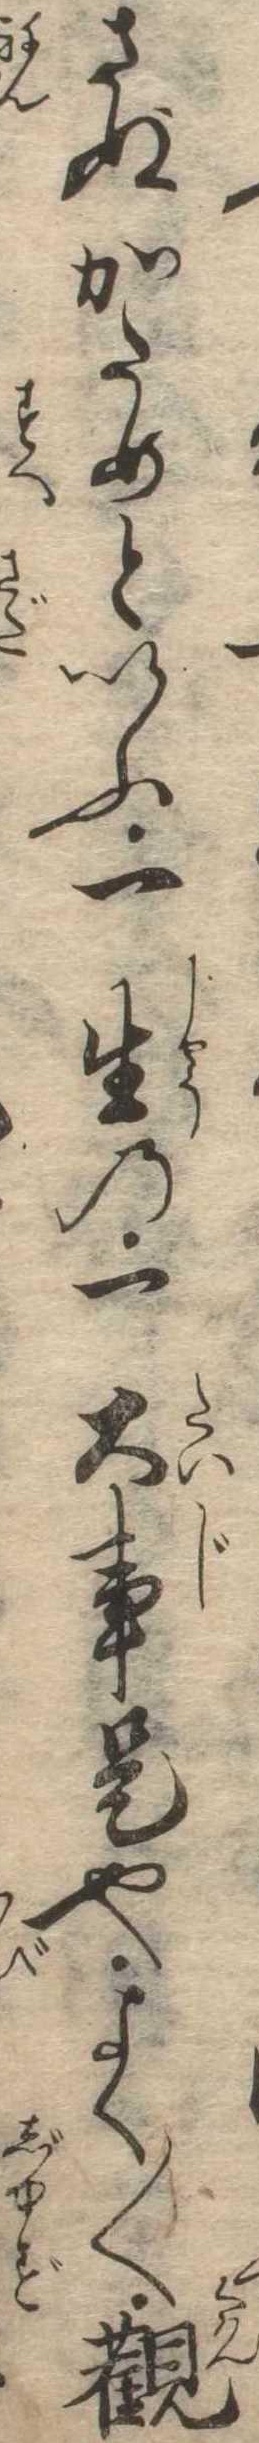
さぬかためといふ一生の一大事是也よく〱観